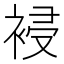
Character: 䘲